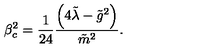
\beta _ { c } ^ { 2 } = \frac { 1 } { 2 4 } \frac { \left( 4 \tilde { \lambda } - { \tilde { g } } ^ { 2 } \right) } { \tilde { m } ^ { 2 } } .